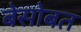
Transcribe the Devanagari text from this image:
बेसोबत